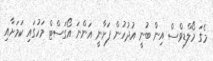
މެގަ މޯލްޑިވްސް އިން ބުނީ އުދުހުން ފަށާނީ އަންނަ އޯގަސްޓް މަހުގައި ކަމަށާއި